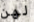
لهن